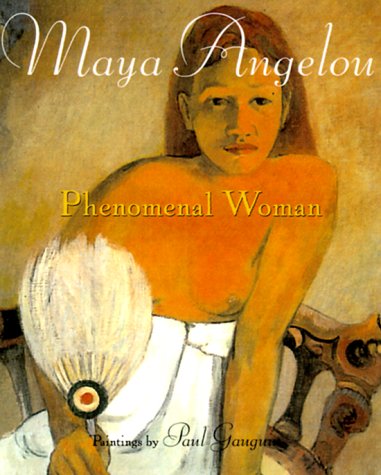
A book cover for Phenomenal Woman; Maya Angelou; Literature & Fiction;